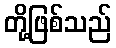
တို့ဖြစ်သည်